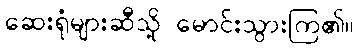
ဆေးရုံများဆီသို့ မောင်းသွားကြ၏။